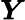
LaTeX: \boldsymbol{Y}